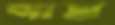
আদ্রা